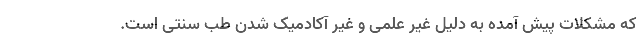
که مشکلات پیش آمده به دلیل غیر علمی و غیر آکادمیک شدن طب سنتی است.